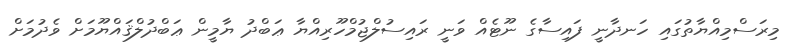
މިރަސްމިއްޔާތުގައި ހަނދާނީ ފައިސާގެ ނޫޓެއް ވަނީ ރައިސުލްޖުމްހޫރިއްޔާ ޢަބްދު ޔާމީން ޢަބްދުލްޤައްޔޫމަށް ވެދުމަށް